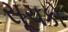
સૂચકો